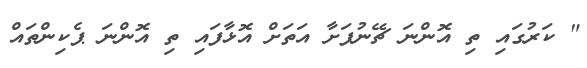
" ކަރުގައި ތި އޮންނަ ޗޭނުފަށާ އަތަށް އޮޅާފައި ތި އޮންނަ ޕެކިންތައް